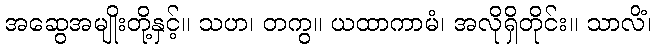
အဆွေအမျိုးတို့နှင့်။ သဟ၊ တကွ။ ယထာကာမံ၊ အလိုရှိတိုင်း။ သာလိံ၊